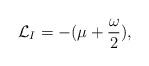
LaTeX: \begin{align*}{\cal L}_{I} = - ( \mu + \frac{\omega}{2}),\end{align*}